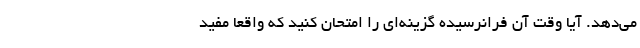
می‌دهد. آیا وقت آن فرانرسیده گزینه‌ای را امتحان کنید که واقعا مفید